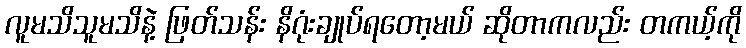
လူမသိသူမသိနဲ့ ဖြတ်သန်း နိဂုံးချုပ်ရတော့မယ် ဆိုတာကလည်း တကယ့်ကို